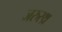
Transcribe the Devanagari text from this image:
जरुस्थ्र